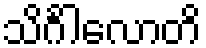
သိင်္ဂါလောတိ